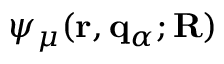
\psi _ { \mu } ( \mathbf { r } , { \bf q } _ { \alpha } ; \mathbf { R } )